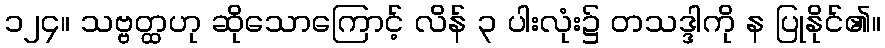
၁၂၄။ သဗ္ဗတ္ထဟု ဆိုသောကြောင့် လိန် ၃ ပါးလုံး၌ တသဒ္ဒါကို န ပြုနိုင်၏။